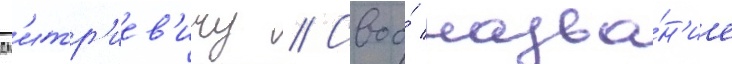
дм'итр'иев'ичу // Своо́ назва́н'ие